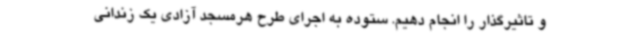
و تاثیرگذار را انجام دهیم. ستوده به اجرای طرح هرمسجد آزادی یک زندانی